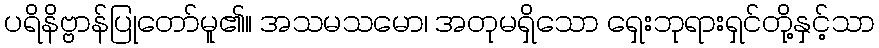
ပရိနိဗ္ဗာန်ပြုတော်မူ၏။ အသမသမော၊ အတုမရှိသော ရှေးဘုရားရှင်တို့နှင့်သာ